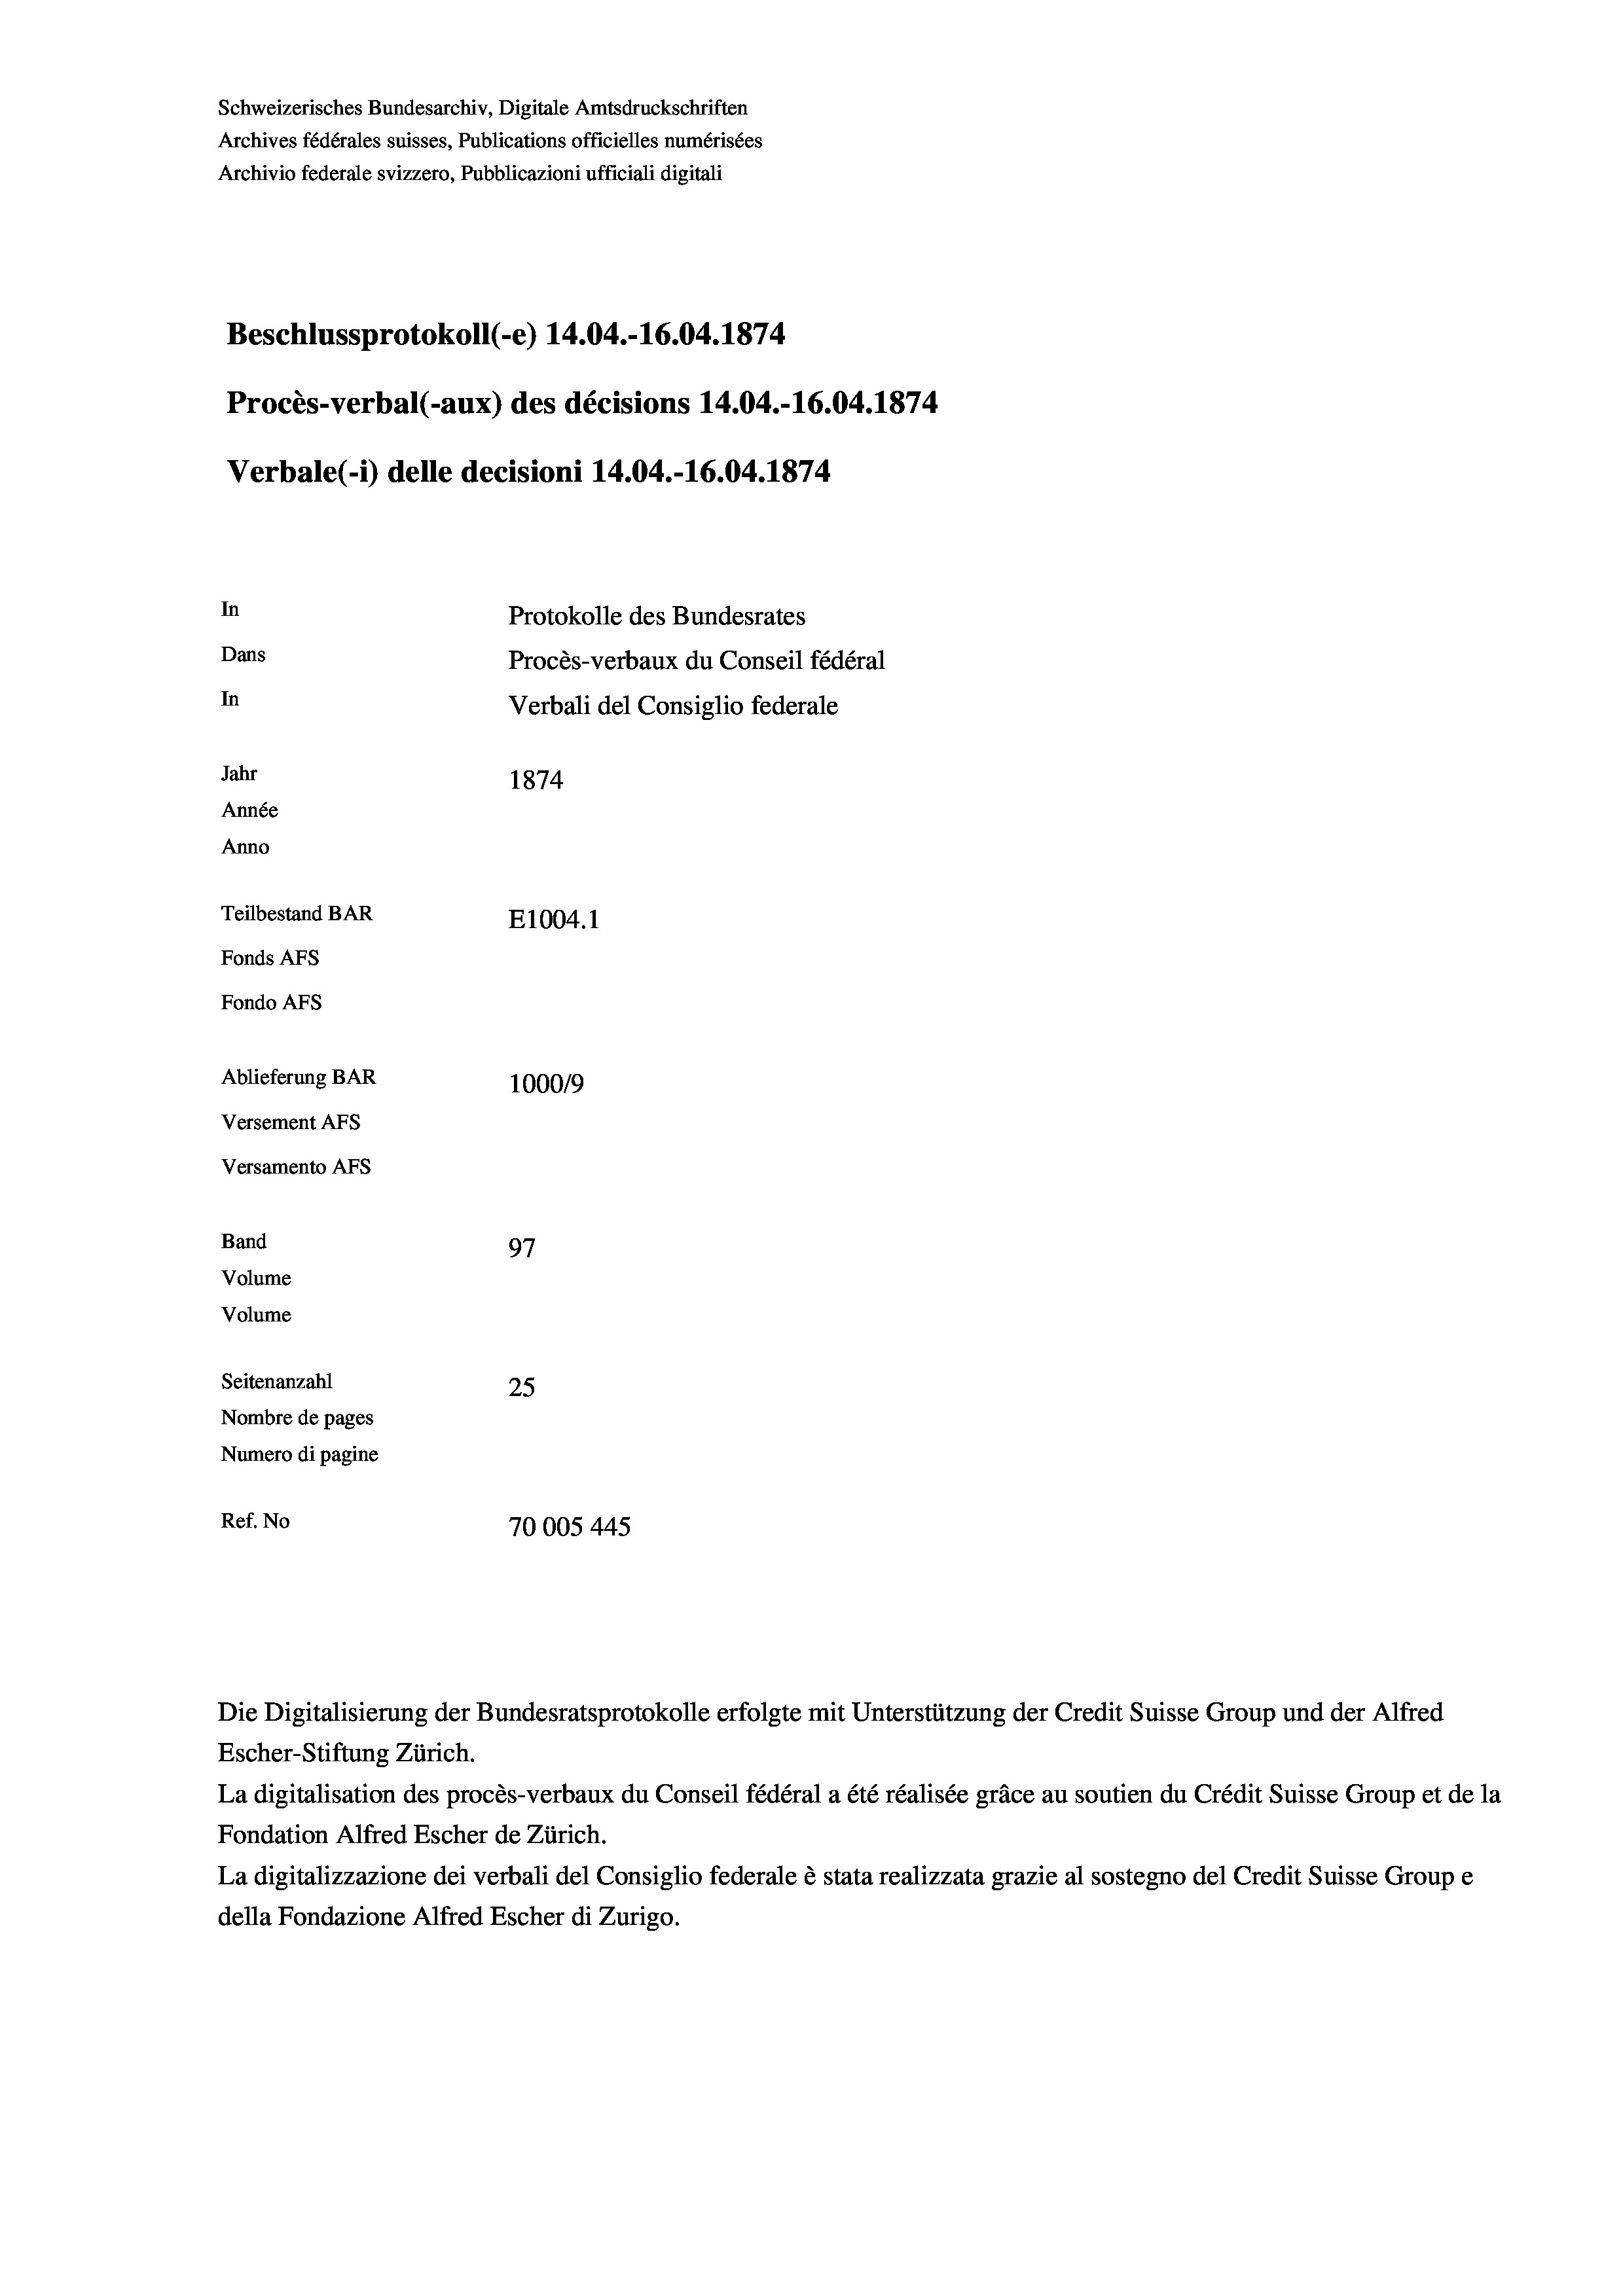
Schweizerisches Bundesarchiv, Digitale Amtsdruckschriften
Archives fédérales suisses, Publications officielles numérisées
Archivio federale svizzero, Pubblicazioni ufficiali digitali
Beschlussprotokoll (-e) 14.04.-16.04. 1874.
Procès-verbal (-aux) des décisions 14.04.-16.04.1874
Verbale (i) delle decisioni 14.04.-16.04. 1874
In
Protokolle des Bundesrates
Dans
Procès-verbaux du Conseil fédéral
In
Verbali del Consiglio federale
Jahr
1874
Année
Anno
Teilbestand BAR
E1004.1
Fonds AFs
Fondo AFS
Ablieferung BAR
1000/9
Versement AFs
Versamento Afs
Band
97
Volume

Volume
Seitenanzahl
25
Nombre de pages
Numero di pagine
Ref. No
70005445

Die Digitalisierung der Bundesratsprotokolle erfolgte mit Unterstützung der Credit Suisse Group und der Alfred
Escher-Stiftung Zürich.
La digitalisation des procès-verbaux du Conseil fédéral a été réalisée gräce au soutien du Crédit Suisse Group et de la
Fondation Alfred Escher de Zürich.
La digitalizzazione dei verbali del Consiglio federale è stata realizzata grazie al sostegno del Credit Suisse Groupe
della Fondazione Alfred Escher di Zurigo.